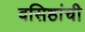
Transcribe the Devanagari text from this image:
वसिष्ठांची